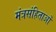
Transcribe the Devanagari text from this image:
मंत्रसंहिताओं